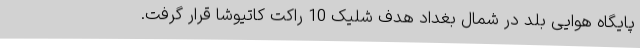
پایگاه هوایی بلد در شمال بغداد هدف شلیک 10 راکت کاتیوشا قرار گرفت.